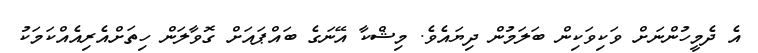
އެ ދެމީހުންނަށް ވަކިވަކިން ބަލަމުން ދިޔައެވެ. މިޝްކާ އޭނަގެ ބައްޕައަށް ގޮވާލަން ހިތަށްއެރިއެއްކަމަކު